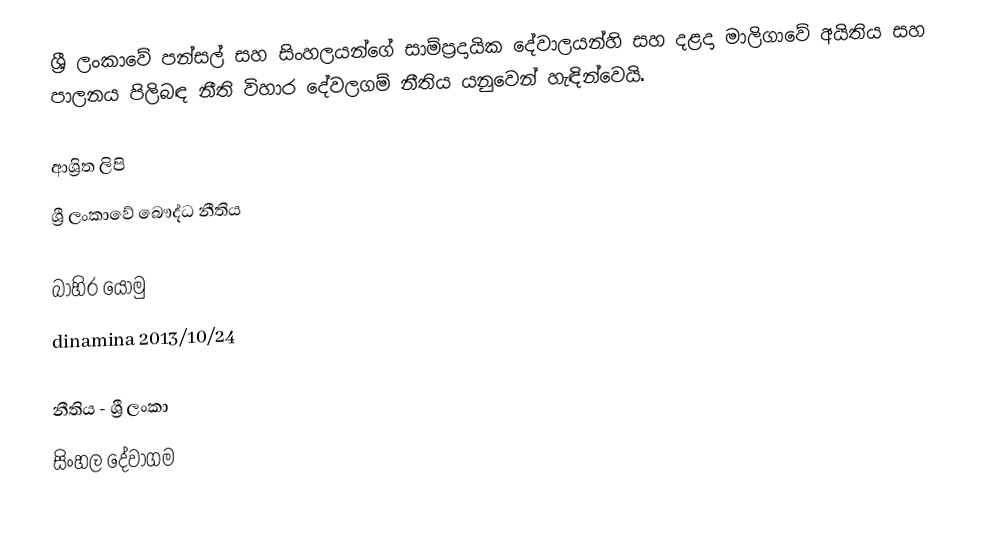
ශ්‍රී ලංකාවේ පන්සල් සහ සිංහලයන්ගේ සාම්ප්‍රදායික දේවාලයන්හි සහ  දළදා මාලිගාවේ අයිතිය සහ පාලනය පිලිබඳ නීති විහාර දේවලගම් නීතිය යනුවෙන් හැ﻿ඳින්වෙයි.

ආශ්‍රිත ලිපි
 ශ්‍රී ලංකාවේ බෞද්ධ නීතිය

බාහිර යොමු
 dinamina 2013/10/24

නීතිය - ශ්‍රී ලංකා
සිංහල දේවාගම